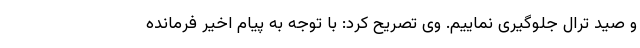
و صید ترال جلوگیری نماییم. وی تصریح کرد: با توجه به پیام اخیر فرمانده